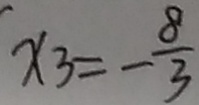
x _ { 3 } = - \frac { 8 } { 3 }